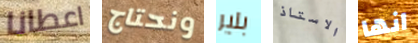
اعطانا ونحتاج بلير الاستاذ انها